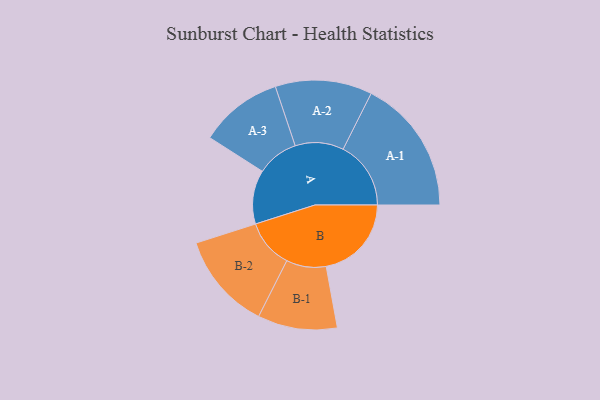
{"axis": {"x": "Segment", "y": "Value"}, "legend": ["", "A", "B"], "data": [{"x": "A", "y": 237, "type": ""}, {"x": "B", "y": 375, "type": ""}, {"x": "A-1", "y": 298, "type": "A"}, {"x": "A-2", "y": 213, "type": "A"}, {"x": "A-3", "y": 183, "type": "A"}, {"x": "B-1", "y": 175, "type": "B"}, {"x": "B-2", "y": 214, "type": "B"}]}